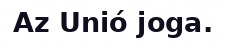
Az Unió joga.